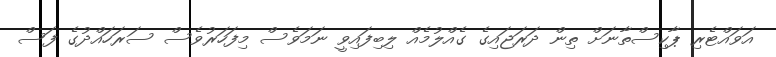
އަވައްޓެރި ޕާކިސްތާނަށް ތިން ދަރަޖައިގެ ގެއްލުމެއް ލިބިފައިވީ ނަމަވެސް މިފަހަރުވެސް ސަރަހައްދުގެ ފަސް